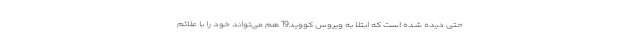
حتی دیده شده است که ابتلا به ویروس کووید19 هم می‌تواند خود را با علائم